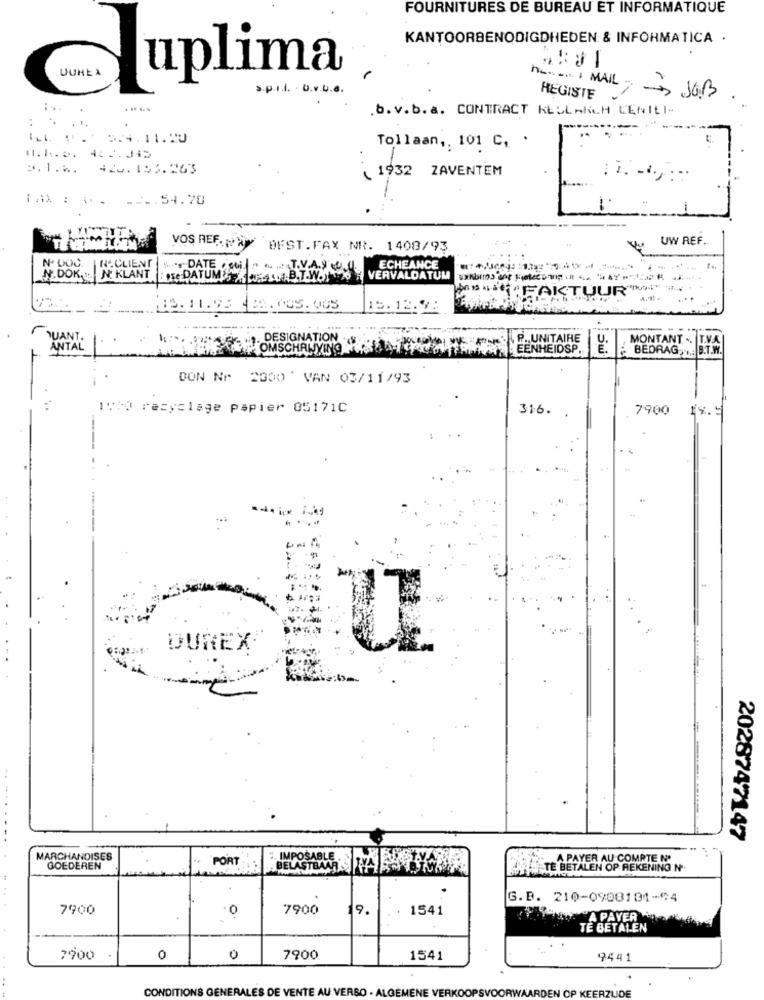
FOURNITURES DE BUREAU ET INFORMATIQUE
KANTOORBENODIGDHEDEN & INFORMATICA .
-
UUHEA
uplima
spil. Uvue
REGISTE
.b.v.b.a. CONTRACT KLULRICH CENIEI-
324.11.20
Tollaan ,, 101 C, .
1.k. a. 452.345
3.1.6. 420.156.263
1932 ZAVENTEM
FAX : .. ... 54.70
UW REF.
VOS REF. „WY BEST.FAX NR. 1408/93
N. DOC.
HACLIENT
young DATE
.T.V.A
ECHEANCE
N.DOK, N. KLANT
De DATUMS CASO.B.T.W.T
VERVALDATUM
"FAKTUUR"
19. 11.93 -BA.005. 005
15.12.98
QUANT.
. DESIGNATION .
P. UNITAIRE
MONTANT -. T.V.A
ANTAL
POMSCHANYING
E .
BEDRAG . B.T.W.
DON Nr 2000 ' VAN 03/11/93
19:0 recyclage papier 85171C
316.
7900
19.5
DUREX
2028747147
MARCHANDISES
PORT
" IMPOSABLE
A PAYER AU COMPTE Nº
GOEDEREN
TE BETALEN OP REKENING N'.
G.B. 210-0908101-64
7900
7900
19.
1541
-0
A PAYER
TE BETALEN
2900
0
0
7900
1541
9441
CONDITIONS GÉNÉRALES DE VENTE AU VERSO · ALGEMENE VERKOOPSVOORWA
RDEN OP KEERZLIDE